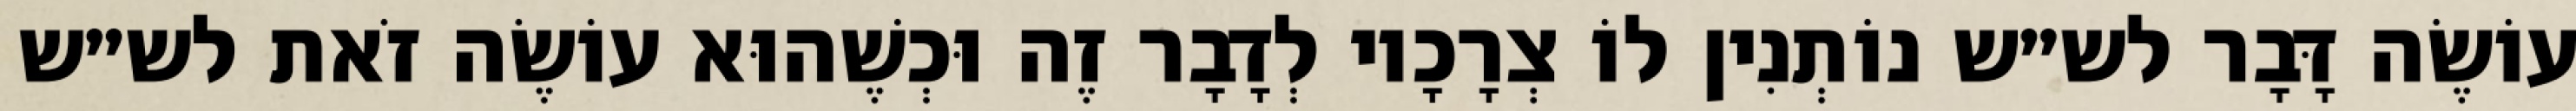
עוֹשֶׂה דָּבָר לש״ש נוֹתְנִין לוֹ צְרָכָיו לְדָבָר זֶה וּכְשֶׁהוּא עוֹשֶׂה זֹאת לש״ש